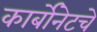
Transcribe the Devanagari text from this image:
कार्बोनेटचे